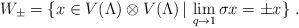
LaTeX: \begin{align*}W_\pm=\{x\in V(\Lambda)\otimes V(\Lambda)\,|\,\lim_{q\rightarrow 1}\sigma x=\pm x\}\;.\end{align*}